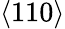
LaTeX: \langle 110\rangle